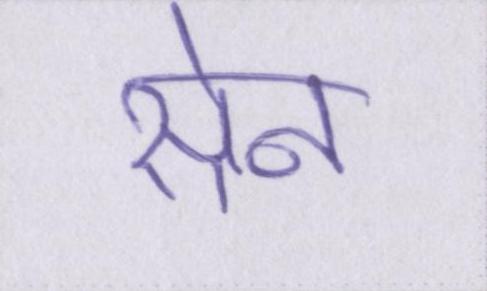
सेन